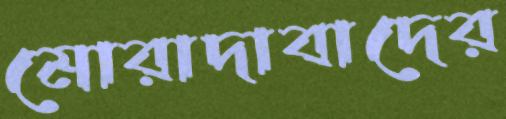
মোরাদাবাদের